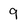
Character: 9